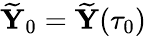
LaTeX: \widetilde{{\mathbf Y}}_{0}=\widetilde{{\mathbf Y}}(\tau_{0})